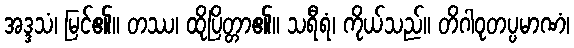
အဒ္ဒသံ၊ မြင်၏။ တဿ၊ ထိုပြိတ္တာ၏။ သရီရံ၊ ကိုယ်သည်။ တိဂါဝုတပ္ပမာဏံ၊